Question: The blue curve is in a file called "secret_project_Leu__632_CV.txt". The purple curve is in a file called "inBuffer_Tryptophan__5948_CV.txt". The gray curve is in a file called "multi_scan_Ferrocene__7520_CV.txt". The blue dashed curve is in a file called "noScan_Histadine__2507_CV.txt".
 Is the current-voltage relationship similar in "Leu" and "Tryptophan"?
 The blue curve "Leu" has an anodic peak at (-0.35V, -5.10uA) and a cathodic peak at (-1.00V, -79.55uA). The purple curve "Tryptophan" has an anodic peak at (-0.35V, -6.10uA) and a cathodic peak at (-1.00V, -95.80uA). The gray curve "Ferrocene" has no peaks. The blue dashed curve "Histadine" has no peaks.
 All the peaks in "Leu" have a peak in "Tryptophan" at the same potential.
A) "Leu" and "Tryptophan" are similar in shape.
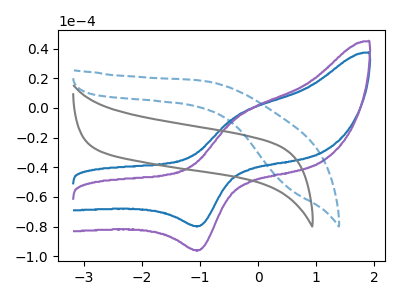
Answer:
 <answer>A) "Leu" and "Tryptophan" are similar in shape.</answer>
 <eval>A</eval>